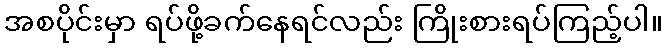
အစပိုင်းမှာ ရပ်ဖို့ခက်နေရင်လည်း ကြိုးစားရပ်ကြည့်ပါ။